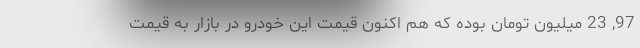
97, 23 میلیون تومان بوده که هم اکنون قیمت این خودرو در بازار به قیمت